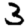
Digit: 3